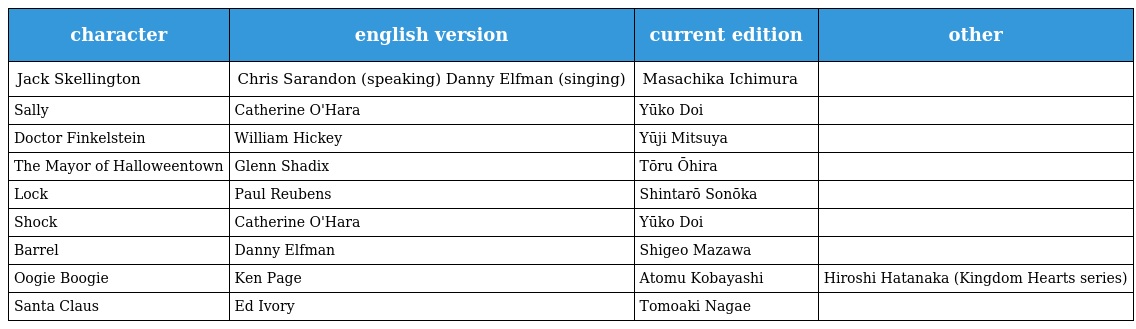
| character | english version | current edition | other |
 | --- | --- | --- | --- |
 | Jack Skellington | Chris Sarandon (speaking) Danny Elfman (singing) | Masachika Ichimura |  |
 | Sally | Catherine O'Hara | Yūko Doi |  |
 | Doctor Finkelstein | William Hickey | Yūji Mitsuya |  |
 | The Mayor of Halloweentown | Glenn Shadix | Tōru Ōhira |  |
 | Lock | Paul Reubens | Shintarō Sonōka |  |
 | Shock | Catherine O'Hara | Yūko Doi |  |
 | Barrel | Danny Elfman | Shigeo Mazawa |  |
 | Oogie Boogie | Ken Page | Atomu Kobayashi | Hiroshi Hatanaka (Kingdom Hearts series) |
 | Santa Claus | Ed Ivory | Tomoaki Nagae |  |